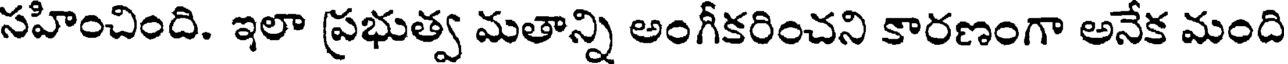
సహించింది. ఇలా ప్రభుత్వ మతాన్ని అంగీకరించని కారణంగా అనేక మంది